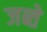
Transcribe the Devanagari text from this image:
जब्ते